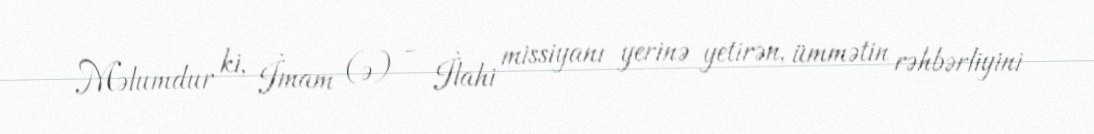
Məlumdur ki, İmam (ə) - İlahi missiyanı yerinə yetirən, ümmətin rəhbərliyini